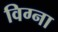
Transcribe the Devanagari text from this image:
विग्ना